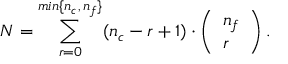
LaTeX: { \cal N } = \sum _ { r = 0 } ^ { m i n \{ n _ { c } , \, n _ { f } \} } ( n _ { c } - r + 1 ) \cdot \left( \begin{array} { l } { { n _ { f } } } \\ { { r } } \end{array} \right) . \,